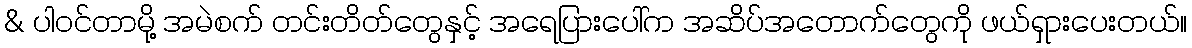
& ပါဝင်တာမို့ အမဲစက် တင်းတိတ်တွေနှင့် အရေပြားပေါ်က အဆိပ်အတောက်တွေကို ဖယ်ရှားပေးတယ်။